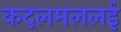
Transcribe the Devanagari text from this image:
कदलमललई